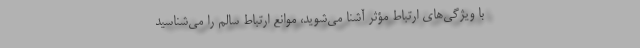
با ویژگی‌های ارتباط مؤثر آشنا می‌شوید، موانع ارتباط سالم را می‌شناسید